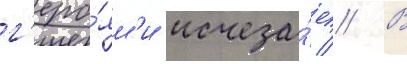
г'еро́ям'и исчеза́ет // В